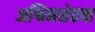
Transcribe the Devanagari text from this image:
अश्विनशेठचा